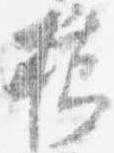
櫛